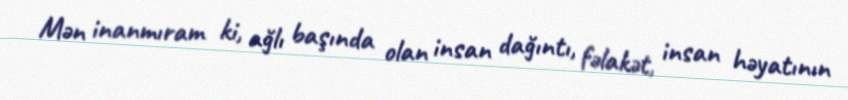
Mən inanmıram ki, ağlı başında olan insan dağıntı, fəlakət, insan həyatının